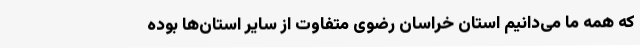
که همه ما می‌دانیم استان خراسان رضوی متفاوت از سایر استان‌ها بوده